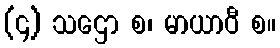
(၄) သဌော စ၊ မာယာဝီ စ။